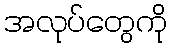
အလုပ်တွေကို